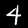
Label: 4